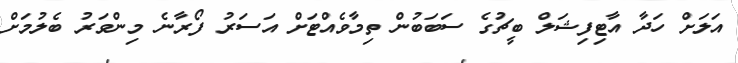
އަލަށް ހަދާ އާޓިފިޝަލް ބީޗުގެ ސަބަބުން ތިމާވެއްޓަށް އަސަރު ފޯރާނެ މިންވަރު ބެލުމަށް